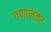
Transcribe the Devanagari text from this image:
गणानंतर